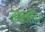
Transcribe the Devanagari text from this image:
झालीत।